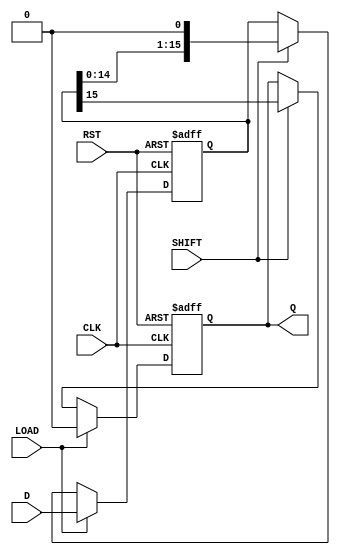
module PISO_Register (
    input wire [15:0] D,      // 16-bit parallel data input
    input wire LOAD,          // Load control signal
    input wire SHIFT,         // Shift control signal
    input wire CLK,           // Clock input
    input wire RST,           // Asynchronous reset
    output reg Q              // Serial output
);

    reg [15:0] shift_reg;     // 16-bit shift register

    always @(posedge CLK or posedge RST) begin
        if (RST) begin
            // Asynchronous reset
            shift_reg <= 16'b0; // Clear the register
            Q <= 1'b0;          // Clear the output
        end else if (LOAD) begin
            // Load data into the shift register
            shift_reg <= D;     // Load the parallel data
            Q <= 1'b0;          // Output is not valid during load
        end else if (SHIFT) begin
            // Shift operation
            Q <= shift_reg[15]; // Output the MSB
            shift_reg <= {shift_reg[14:0], 1'b0}; // Shift left
        end
    end

endmodule